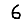
Digit: 6